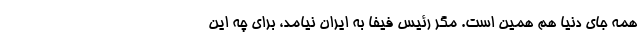
همه جای دنیا هم همین است. مگر رئیس فیفا به ایران نیامد، برای چه این